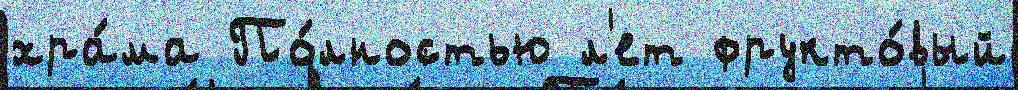
хра́ма По́лностью л'ет фрукто́вый